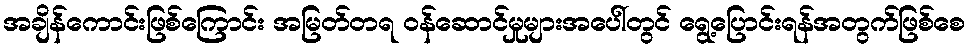
အချိန်ကောင်းဖြစ်ကြောင်း အမြတ်တရ ဝန်ဆောင်မှုများအပေါ်တွင် ရွေ့ပြောင်းရန်အတွက်ဖြစ်စေ